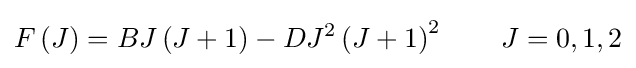
F\left(J\right)=BJ\left(J+1\right)-DJ^{2}\left(J+1\right)^{2}\qquad J=0,1,2